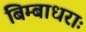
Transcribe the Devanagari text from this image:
बिम्बाधराः